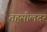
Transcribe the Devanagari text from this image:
तहसीलदर